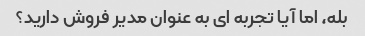
بله، اما آیا تجربه ای به عنوان مدیر فروش دارید؟